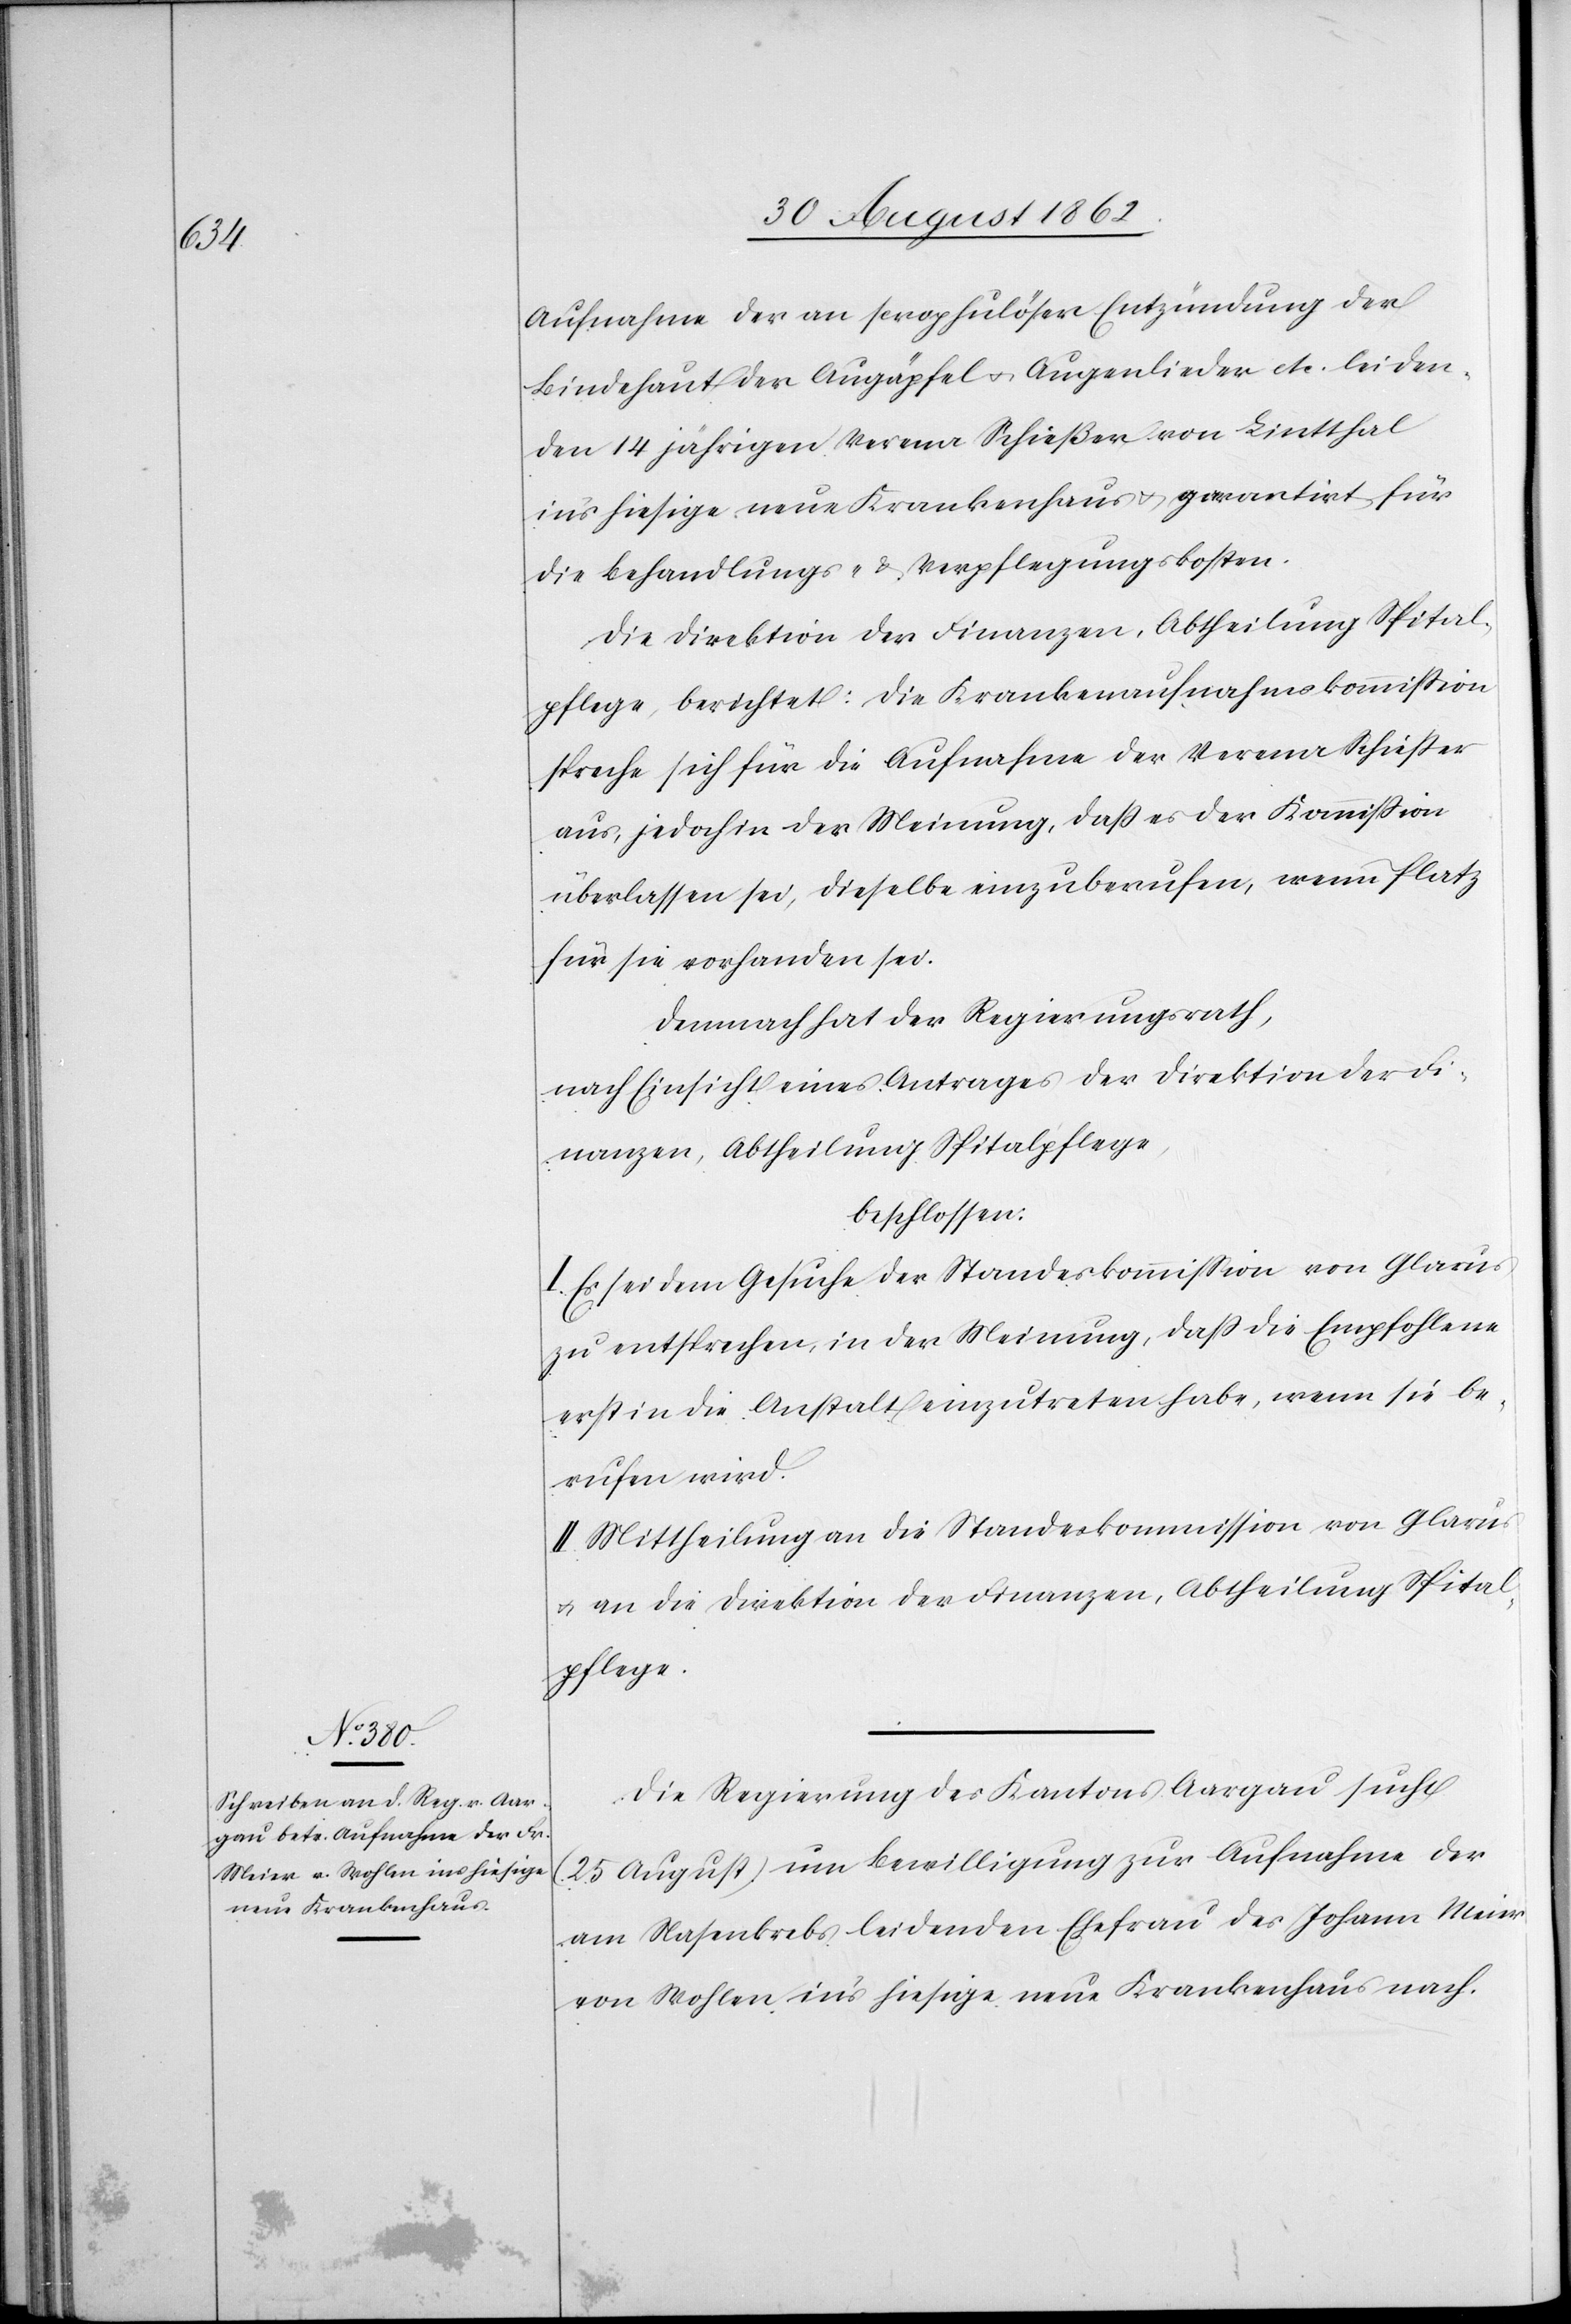
den

30. August 1862.]
Aufnahme der an scrophulöser Entzündung der
Bindehaut der Augäpfel u. Augenlieder etc. leiden¬
den 14 jährigen Verena Schießer von Lintthal
in’s hiesige neue Krankenhaus u. garantirt für
die Behandlungs- u. Verpflegungskosten.
Die Direktion der Finanzen, Abtheilung Spital¬
pflege, berichtet: Die Krankenaufnahmskommission
spreche sich für die Aufnahme der Verena Schießer
aus, jedoch in der Meinung, daß es der Kommission
überlassen sei, dieselbe einzuberufen, wenn Platz
für sie vorhanden sei.
Demnach hat der Regierungsrath,
nach Einsicht eines Antrages der Direktion der Fi¬
nanzen, Abtheilung Spitalpflege,
beschlossen:
I. Es sei dem Gesuche der Standeskommission von Glarus
zu entsprechen, in der Meinung, daß die Empfohlene
erst in die Anstalt einzutreten habe, wenn sie be¬
rufen wird.
II. Mittheilung an die Standeskommission von Glarus
u. an die Direktion der Finanzen, Abtheilung Spital¬
pflege.
Die Regierung des Kantons Aargau sucht
(25. August) um Bewilligung zur Aufnahme der
am Nasenkrebs leidenden Ehefrau des Johann Meier
von Wohlen in’s hiesige neue Krankenhaus nach.